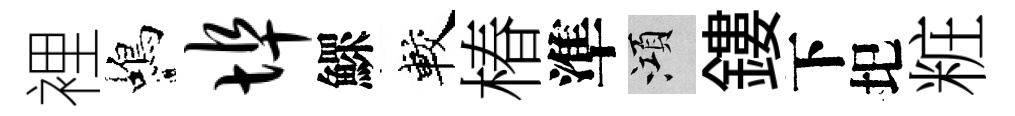
裡蝎埠鰥較椿準澒鏤下圯粧